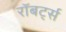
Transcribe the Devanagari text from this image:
रॉबर्ट्‍स